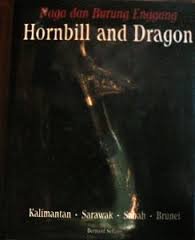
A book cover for Naga dan burung enggang =: Hornbill and dragon : Kalimantan, Sarawak, Sabah, Brunei; Bernard Sellato; Travel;